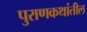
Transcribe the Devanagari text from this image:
पुराणकथांतील